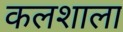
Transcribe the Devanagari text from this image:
कलशाला